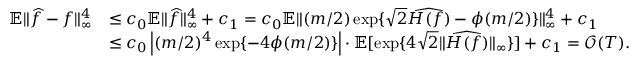
\begin{array} { r l } { \mathbb { E } \| \widehat { f } - f \| _ { \infty } ^ { 4 } } & { \leq c _ { 0 } \mathbb { E } \| \widehat { f } \| _ { \infty } ^ { 4 } + c _ { 1 } = c _ { 0 } \mathbb { E } \| ( m / 2 ) \exp \{ \sqrt { 2 } \widehat { H ( f ) } - \phi ( m / 2 ) \} \| _ { \infty } ^ { 4 } + c _ { 1 } } \\ & { \leq c _ { 0 } \left| ( m / 2 ) ^ { 4 } \exp \{ - 4 \phi ( m / 2 ) \} \right| \cdot \mathbb { E } [ \exp \{ 4 \sqrt { 2 } \| \widehat { H ( f ) } \| _ { \infty } \} ] + c _ { 1 } = \mathcal { O } ( T ) . } \end{array}